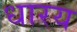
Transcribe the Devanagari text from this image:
धारय